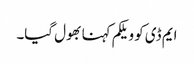
ایم ڈی کو ویلکم کہنا بھول گیا۔